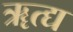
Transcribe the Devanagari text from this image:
ॠत्द्य